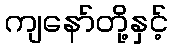
ကျနော်တို့နှင့်